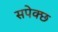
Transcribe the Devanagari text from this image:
सपेक्छ